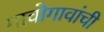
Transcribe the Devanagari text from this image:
गावोगावांची